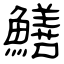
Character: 鱔